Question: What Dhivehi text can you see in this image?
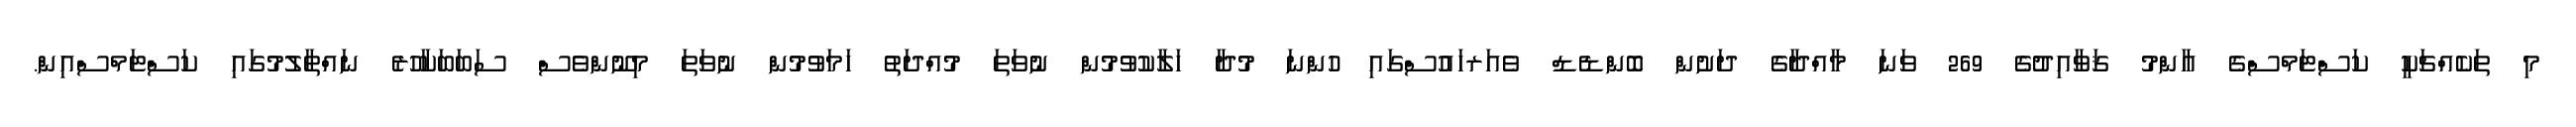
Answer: މި ތަކެއްޗަކީ ކަސްޓަމްސްގެ އާންމު ޤަވާއިދުގެ 269 ވަނަ މާއްދާގެ ދަށުން ބޮންޑެޑް ވެއަރހައުސްގައި ހުންނަ މުދާ ހަލާކުވުމުން ނުވަތަ މުއްދަތު ހަމަވުމުން ނުވަތަ މިނޫންވެސް ސަބަބަކާހުރެ ނައްތާލުމުގައި ކަސްޓަމްސްއިން.